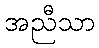
အညီသာ